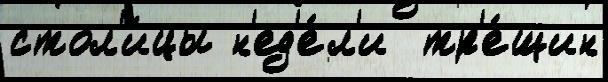
стол'и́цы н'ед'е́л'и  тр'е́щин